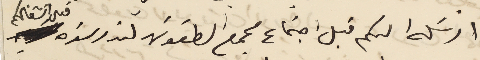
ارسَله لكم قبل اجتماع مجمع الطقوسَ لتدرسَوه قبل انشغالكم